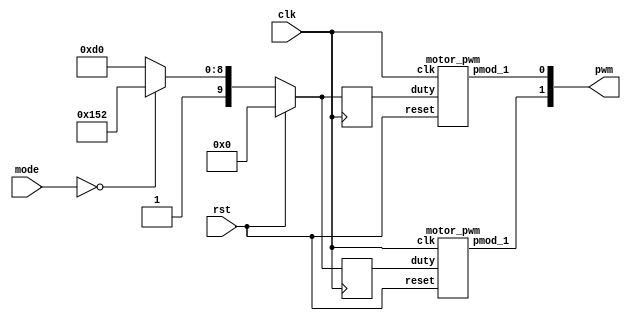
module motor(
    input clk,
    input rst,
    input [2:0] mode,
    output [1:0] pwm
);

    parameter FAST_right = 10'd850;
    parameter SLOW_right = 10'd720;
    parameter FAST_left = 10'd850;
    parameter SLOW_left = 10'd720;

    reg [9:0] next_left_motor, next_right_motor;
    reg [9:0] left_motor, right_motor;
    wire left_pwm, right_pwm;

    motor_pwm m0(clk, rst, left_motor, left_pwm);
    motor_pwm m1(clk, rst, right_motor, right_pwm);
    
    always @(posedge clk)begin
        if (rst) begin
            left_motor <= 10'd0;
            right_motor <= 10'd0;
        end else begin
            left_motor <= next_left_motor;
            right_motor <= next_right_motor;
        end
    end
    
    always @(*) begin
        case (mode)
        3'd0: begin
            next_left_motor = FAST_left;
            next_right_motor = FAST_right;
        end
        3'd1: begin
            next_left_motor = SLOW_left;
            next_right_motor = SLOW_right;
        end
        default: begin
            next_left_motor = SLOW_left;
            next_right_motor = SLOW_right;
        end
        endcase
    end

    assign pwm = {left_pwm,right_pwm};
endmodule

module motor_pwm (
    input clk,
    input reset,
    input [9:0]duty,
	output pmod_1 //PWM
);
        
    PWM_gen pwm_0 ( 
        .clk(clk), 
        .reset(reset), 
        .freq(32'd25000),
        .duty(duty), 
        .PWM(pmod_1)
    );

endmodule

//generte PWM by input frequency & duty
module PWM_gen (
    input wire clk,
    input wire reset,
	input [31:0] freq,
    input [9:0] duty,
    output reg PWM
);
    wire [31:0] count_max = 100_000_000 / freq;
    wire [31:0] count_duty = count_max * duty / 1024;
    reg [31:0] count;
        
    always @(posedge clk, posedge reset) begin
        if (reset) begin
            count <= 0;
            PWM <= 0;
        end else if (count < count_max) begin
            count <= count + 1;
            if(count < count_duty)
                PWM <= 1;
            else
                PWM <= 0;
        end else begin
            count <= 0;
            PWM <= 0;
        end
    end
endmodule